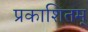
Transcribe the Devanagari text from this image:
प्रकाशितम्